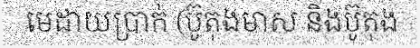
មេដាយប្រាក់ (ប៊ូតុងមាស និងប៊ូតុង